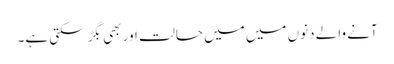
آنے والے دنوں میں میں حالت اور بھی بگڑ سکتی ہے۔